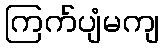
ကြက်ပျံမကျ